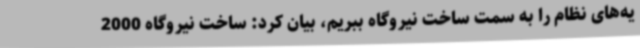
یه‌های نظام را به سمت ساخت نیروگاه ببریم، بیان کرد: ساخت نیروگاه 2000